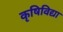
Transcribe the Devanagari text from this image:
कृषिविद्या